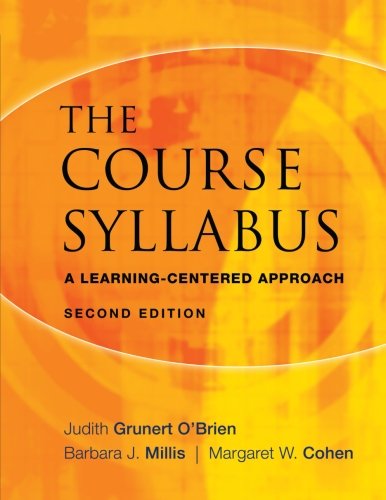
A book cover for The Course Syllabus: A Learning-Centered Approach; Judith Grunert O'Brien; Education & Teaching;